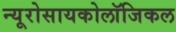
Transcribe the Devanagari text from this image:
न्यूरोसायकोलॉजिकल